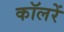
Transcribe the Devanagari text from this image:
कॉलरें